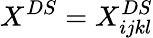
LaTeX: X^{DS}=X_{ijkl}^{DS}